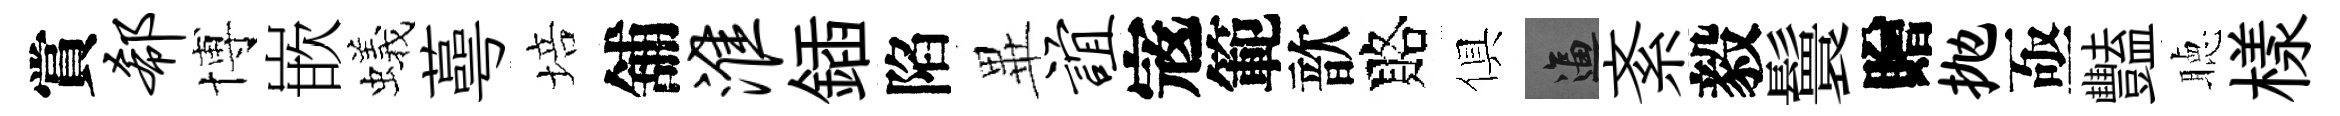
賞欷博嵌蟻蕚培舖淮鍤陷𭺾谊𡨥範歆賂俱逼紊毅鬟贈抛亟豔聴樣